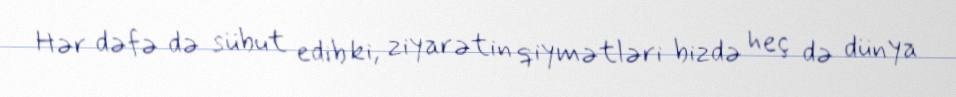
Hər dəfə də sübut edib ki, ziyarətin qiymətləri bizdə heç də dünya